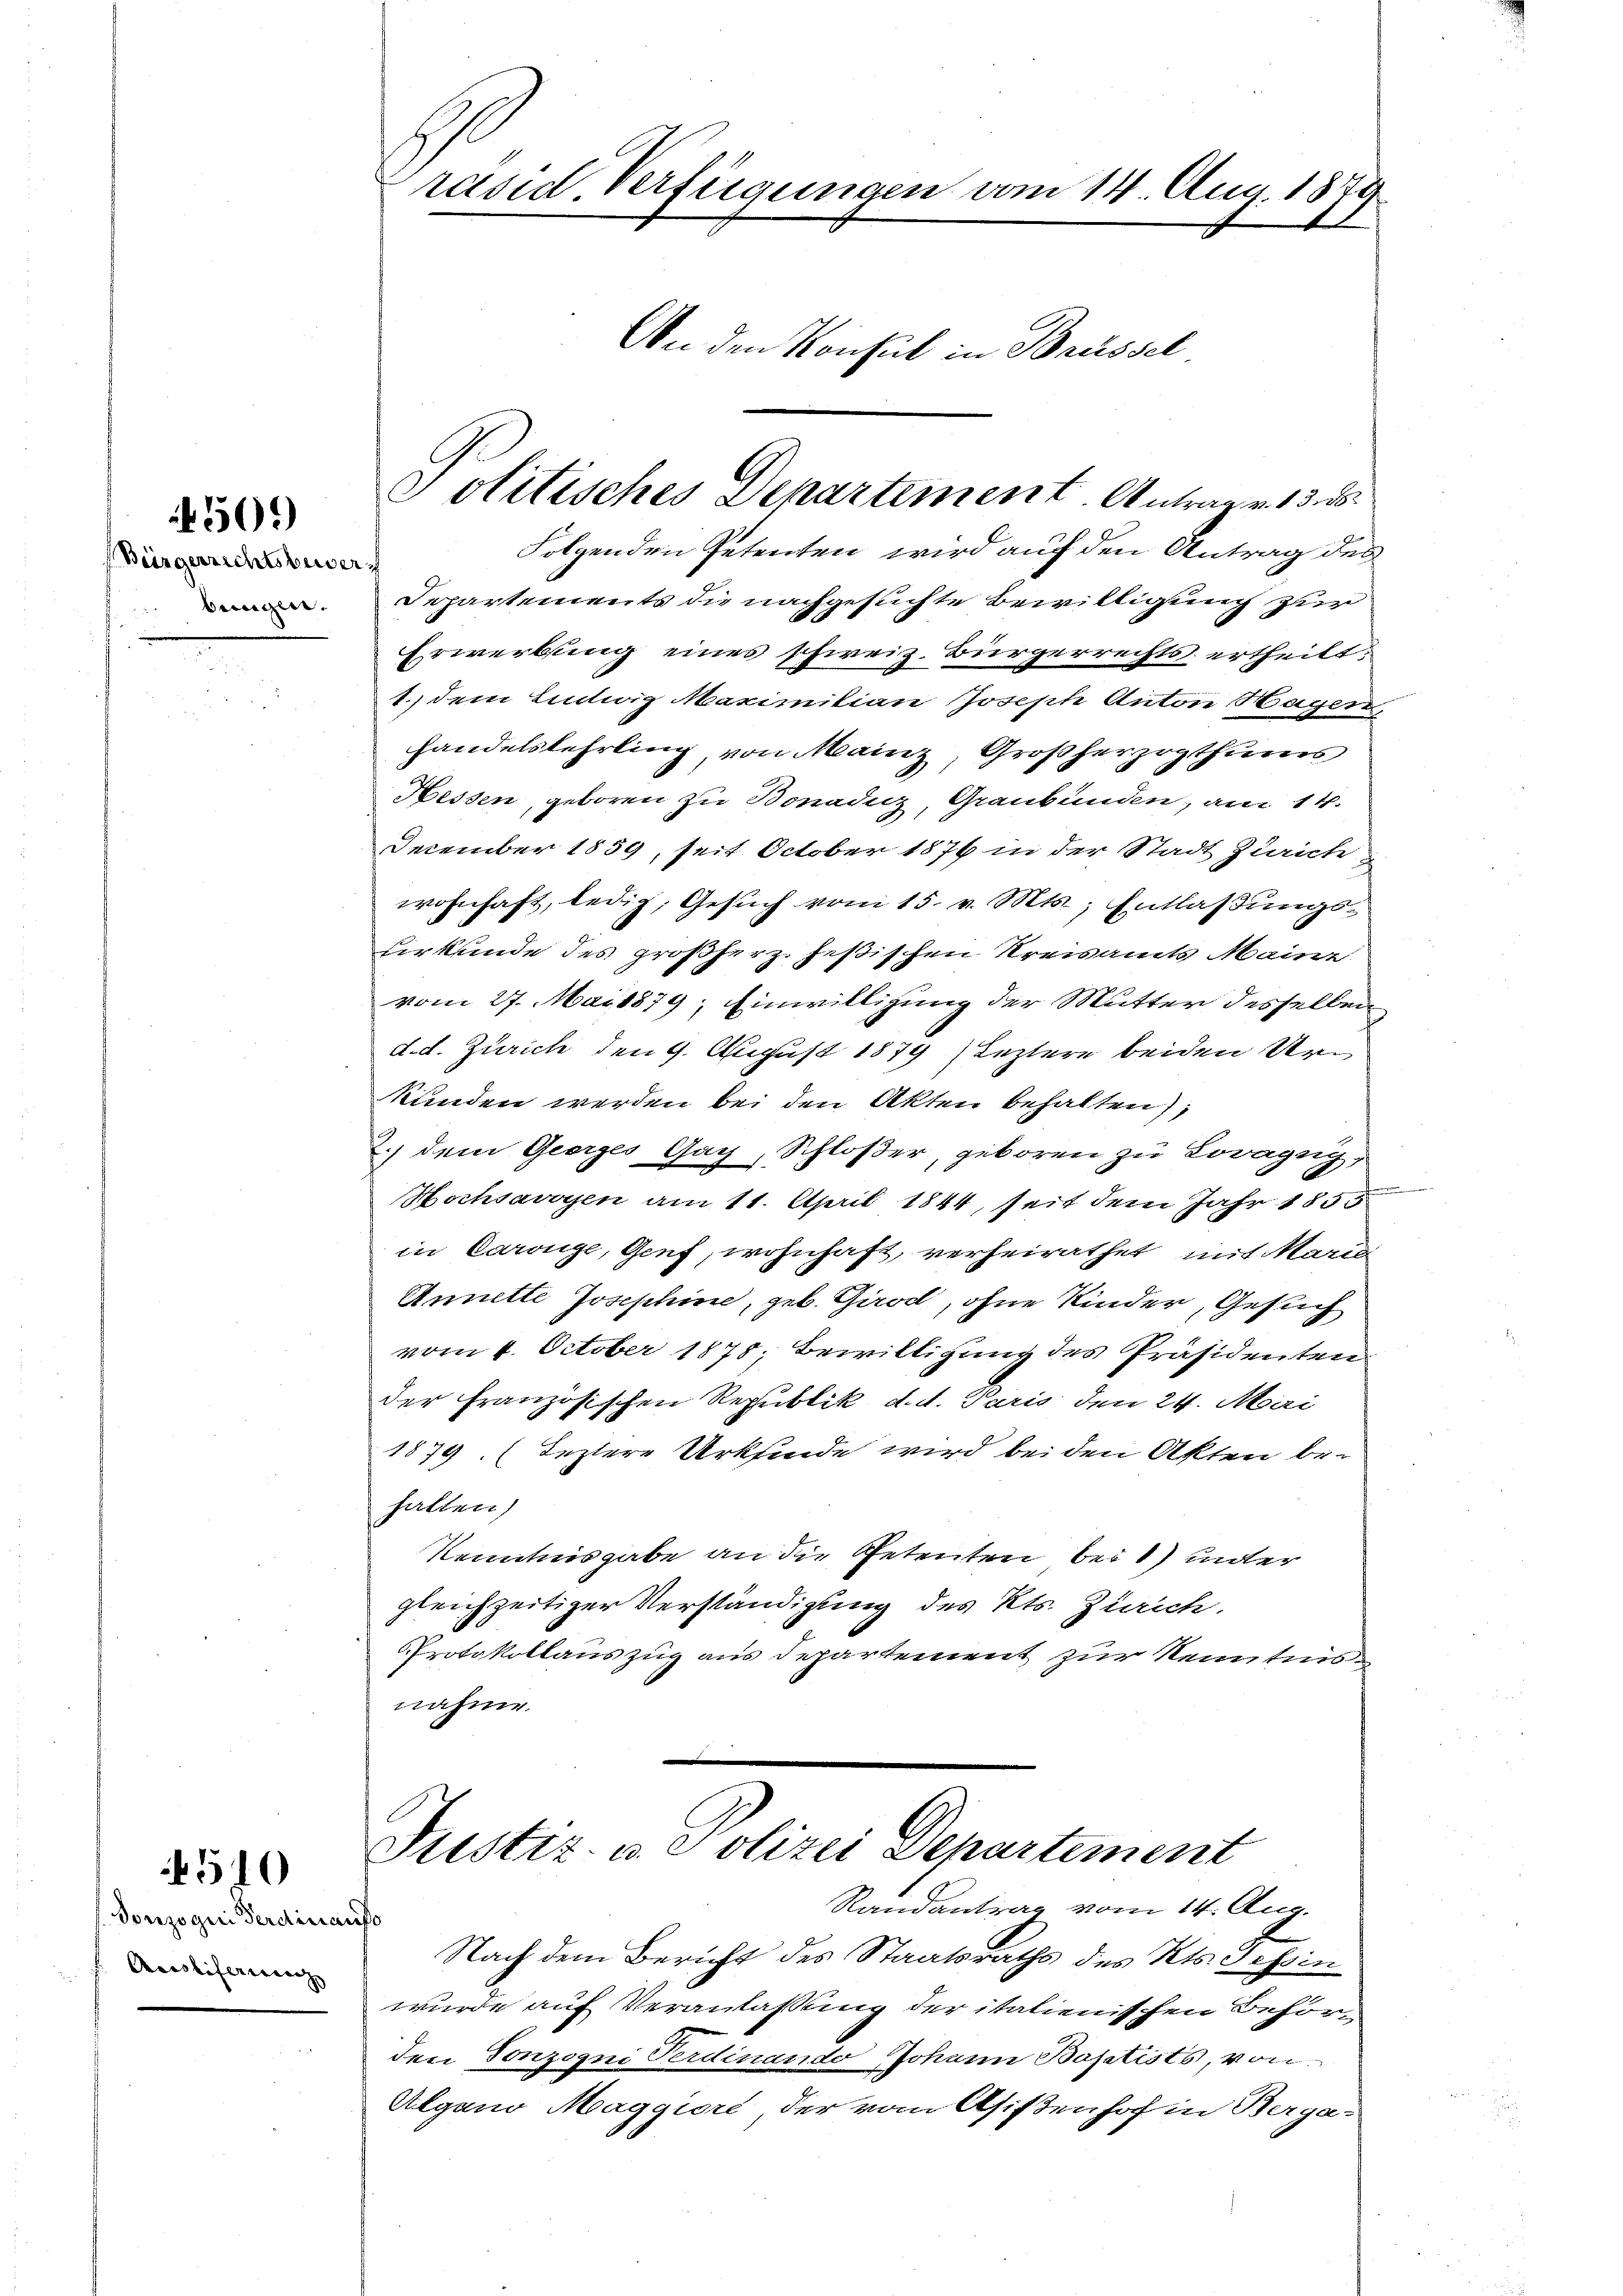
550.

Bürgerrichtsbuser
f bringen.

570

Sonzogini Ferdinaus
Acostiferierenz

räsid. Verfügungen vom 14. Aug. 1879.
An den Konsul in Brüssel

Politisches Departement. Antrag v. 13. d

Folgenden Petenten wird auf den Antrag des
Departements die nachgesuchte Bewilligung zur
Erwerbung eines schweiz. Bürgerrechts ertheilt:
I
1., dem Ludwig Maximitian Joseph Anton Hager
handelslehrling von Mainz, Großherzogthums
Hessen, geboren zu Bonadicz, Graubünden, am 14.
December 1859, seit October 1876 in der Stadt Zürich
wohnhaft, ledig, Gesŭch vom 15. v. Mts., Entlaßungs-
Hirkunde des großherz. Jeßischen Kreisamts Mainz
vom 27. Mai 1879; Einwilligung der Mutter desselben
d. d. Zürich den 9. August 1879 / Leztere beiden Urkunden werden bei den Akten behalten),
) dem Georges Gay, Schloßer, geboren zu Lovagug,
Hochsavoyen am 11. April 1844, seit dem Jahr 185
in Carouge, Genf, wohnhaft, verheirathet, mit Maria
Annelle Josephine, geb. Girod, ohne Kinder, Gesuch
vom 4. October 1878; Bewilligung des Präsidenten
der Französischen Republik d. d. Paris den 24. Marzi
1879. (Leztere Urksinde wird bei den Akten behalten)
Kenntnisgabe an die Petenten bei 1) unter
gleichzeitiger Verständigung des Kts. Zürich.
Protokollauszug aus Departement zur Kenntnisnahme.
Fustiz- u. e olizei Departement
Randantrag vom 14. Aug.
o
Nach dem Bericht des Staatsraths des Kts. Tessin
wurde auf Veranlaßung der italienischen Behör-
den Tonzogni Ferdinando Johann Basetists, von
Algano Maggiore, der vom Asißenhof in Berga-

u